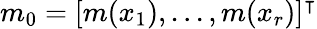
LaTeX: m_{0}=[m(x_{1}),...,m(x_{r})]^{\intercal}